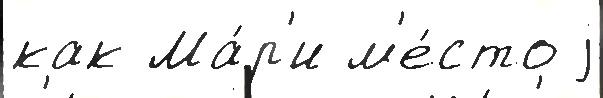
как Ма́р'и м'е́сто j